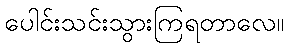
ပေါင်းသင်းသွားကြရတာလေ။